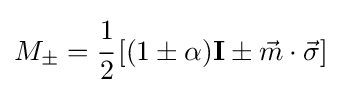
M_{\pm }={\cfrac {1}{2}}\left[(1\pm \alpha )\mathbf {I} \pm {\vec {m}}\cdot {\vec {\sigma }}\right]